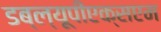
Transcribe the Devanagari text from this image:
डब्ल्यूपीएक्सएम